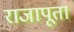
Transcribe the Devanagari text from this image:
राजापूतां